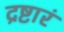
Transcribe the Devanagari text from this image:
द्रष्टारं